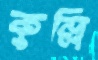
কুল্লি